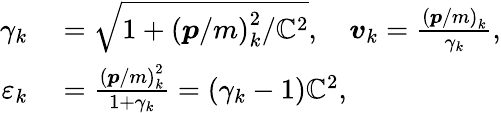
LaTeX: \begin{array}{rl}{\gamma_{k}}&{{}=\sqrt{1+\left(\boldsymbol{p}/m\right)_{k}^{2}/\mathbb{C}^{2}},\quad\boldsymbol{v}_{k}=\frac{\left(\boldsymbol{p}/m\right)_{k}}{\gamma_{k}},}\\ {\varepsilon_{k}}&{{}=\frac{\left(\boldsymbol{p}/m\right)_{k}^{2}}{1+\gamma_{k}}=\left(\gamma_{k}-1\right)\mathbb{C}^{2},}\end{array}